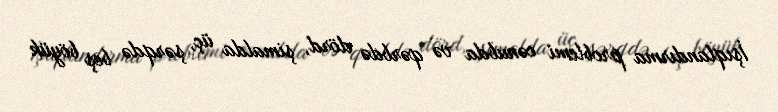
İşıqlandırma problemi cənubda və qərbdə dörd, şimalda üç, şərqdə beş böyük